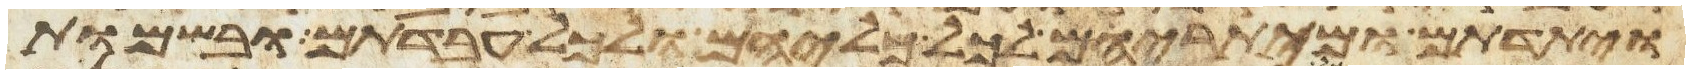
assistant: ויתדתם ומיתריהם לכל כליהם ולכל עבדתם ובשמות